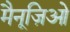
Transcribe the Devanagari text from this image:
मैनूज़िओ